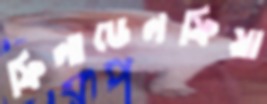
ফিলাডেলফিয়া